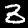
Label: 3